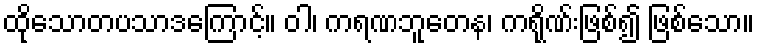
ထိုသောတပသာဒကြောင့်။ ဝါ၊ ကရဏဘူတေန၊ ကရိုဏ်းဖြစ်၍ ဖြစ်သော။